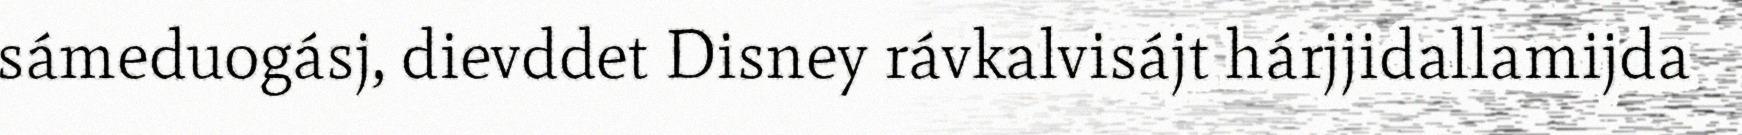
sámeduogásj, dievddet Disney rávkalvisájt hárjjidallamijda